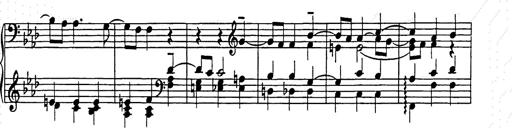
Title: Weinen, Klagen, Sorgen, Zagen
Composer: Franz Liszt